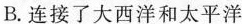
B.连接了大西洋和太平洋